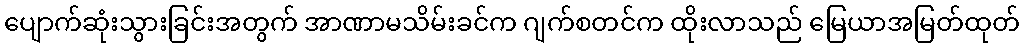
ပျောက်ဆုံးသွားခြင်းအတွက် အာဏာမသိမ်းခင်က ဂျက်စတင်က ထိုးလာသည် မြေယာအမြတ်ထုတ်